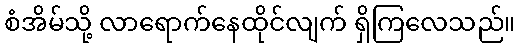
စံအိမ်သို့ လာရောက်နေထိုင်လျက် ရှိကြလေသည်။